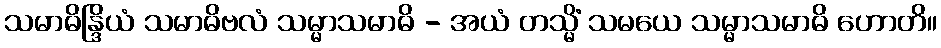
သမာဓိန္ဒြိယံ သမာဓိဗလံ သမ္မာသမာဓိ - အယံ တသ္မိံ သမယေ သမ္မာသမာဓိ ဟောတိ။